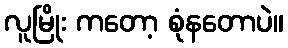
လူမြိုး ကတော့ စုံနတောပဲ။